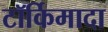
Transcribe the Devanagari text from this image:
टॉर्किमादा